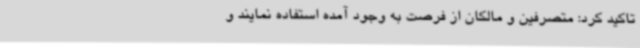
تاکید کرد: متصرفین و مالکان از فرصت به وجود آمده استفاده نمایند و